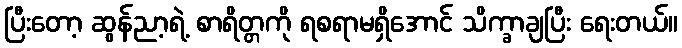
ပြီးတော့ ဆွန်ညာ့ရဲ့ စာရိတ္တကို ရစရာမရှိအောင် သိက္ခာချပြီး ရေးတယ်။